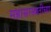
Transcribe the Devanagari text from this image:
महासरस्वतीच्या